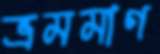
ভ্রমমাণ